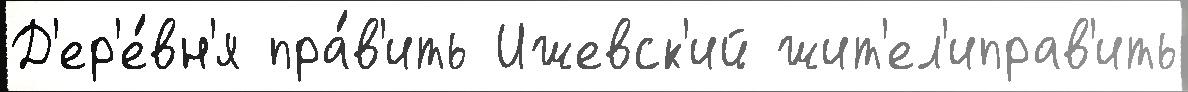
Д'ер'е́вн'я пра́в'ить Ижевск'ий жит'ел'иправ'ить